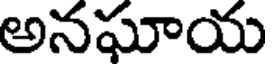
అనఘాయ